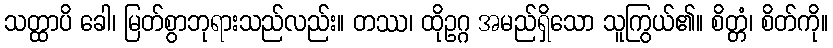
သတ္ထာပိ ခေါ၊ မြတ်စွာဘုရားသည်လည်း။ တဿ၊ ထိုဥဂ္ဂ အမည်ရှိသော သူကြွယ်၏။ စိတ္တံ၊ စိတ်ကို။